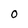
Character: O